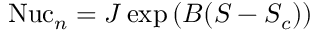
\begin{array} { r } { \mathrm { N u c } _ { n } = J \exp \left( B ( S - S _ { c } ) \right) } \end{array}